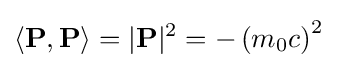
\left\langle \mathbf {P} ,\mathbf {P} \right\rangle =|\mathbf {P} |^{2}=-\left(m_{0}c\right)^{2}